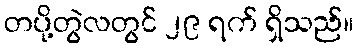
တပို့တွဲလတွင် ၂၉ ရက် ရှိသည်။